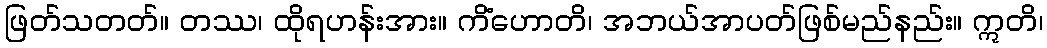
ဖြတ်သတတ်။ တဿ၊ ထိုရဟန်းအား။ ကိံဟောတိ၊ အဘယ်အာပတ်ဖြစ်မည်နည်း။ ဣတိ၊